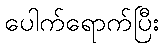
ပေါက်ရောက်ပြီး